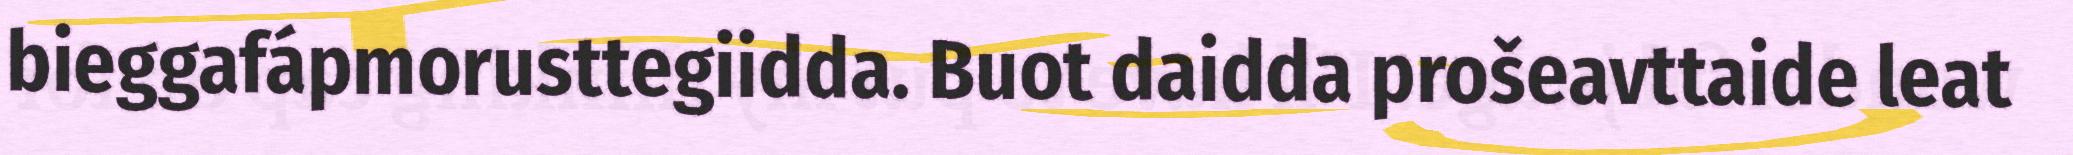
bieggafápmorusttegiidda. Buot daidda prošeavttaide leat